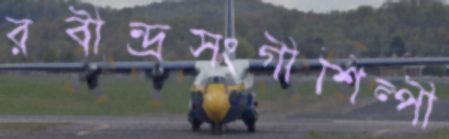
রবীন্দ্রসংগীশিল্পী